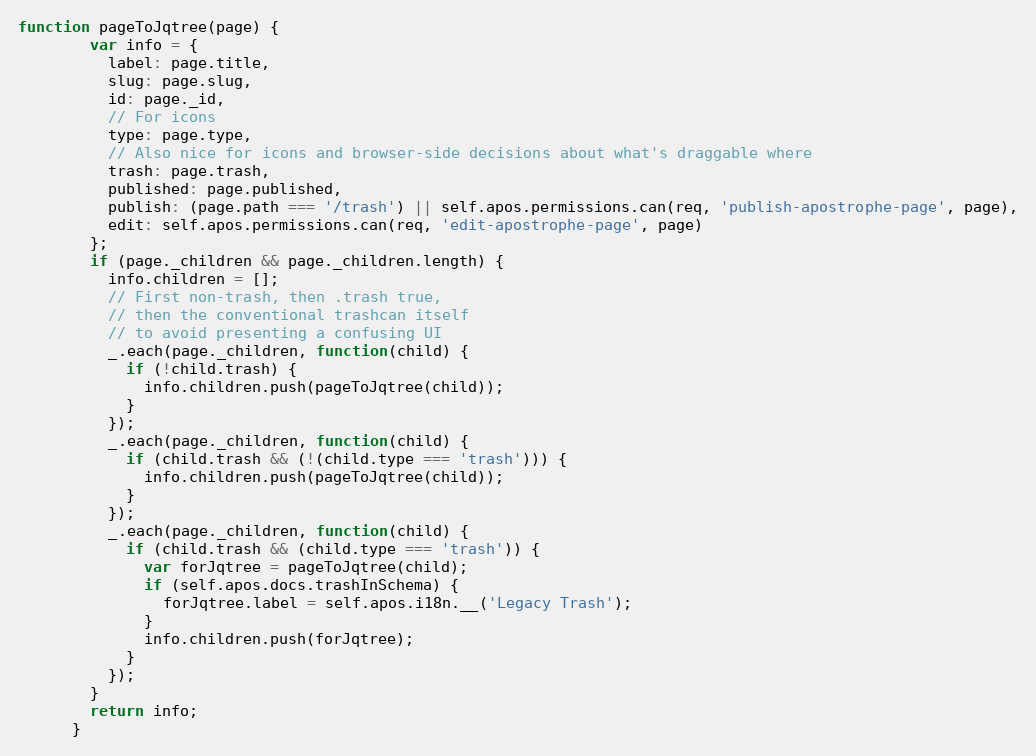
Language: JavaScript
function pageToJqtree(page) {
        var info = {
          label: page.title,
          slug: page.slug,
          id: page._id,
          // For icons
          type: page.type,
          // Also nice for icons and browser-side decisions about what's draggable where
          trash: page.trash,
          published: page.published,
          publish: (page.path === '/trash') || self.apos.permissions.can(req, 'publish-apostrophe-page', page),
          edit: self.apos.permissions.can(req, 'edit-apostrophe-page', page)
        };
        if (page._children && page._children.length) {
          info.children = [];
          // First non-trash, then .trash true,
          // then the conventional trashcan itself
          // to avoid presenting a confusing UI
          _.each(page._children, function(child) {
            if (!child.trash) {
              info.children.push(pageToJqtree(child));
            }
          });
          _.each(page._children, function(child) {
            if (child.trash && (!(child.type === 'trash'))) {
              info.children.push(pageToJqtree(child));
            }
          });
          _.each(page._children, function(child) {
            if (child.trash && (child.type === 'trash')) {
              var forJqtree = pageToJqtree(child);
              if (self.apos.docs.trashInSchema) {
                forJqtree.label = self.apos.i18n.__('Legacy Trash');
              }
              info.children.push(forJqtree);
            }
          });
        }
        return info;
      }